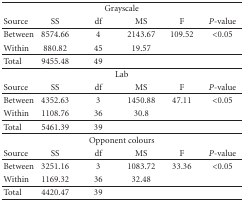
| <COLSPAN=6> Grayscale |
 | Source | SS | df | MS | F | P-value |
 | --- | --- | --- | --- | --- | --- |
 | Between | 8574.66 | 4 | 2143.67 | 109.52 | <0.05 |
 | Within | 880.82 | 45 | 19.57 |  |  |
 | Total | 9455.48 | 49 |  |  |  |
 | <COLSPAN=6> Lab |
 | Source | SS | df | MS | F | P-value |
 | Between | 4352.63 | 3 | 1450.88 | 47.11 | <0.05 |
 | Within | 1108.76 | 36 | 30.8 |  |  |
 | Total | 5461.39 | 39 |  |  |  |
 | <COLSPAN=6> Opponent colours |
 | Source | SS | df | MS | F | P-value |
 | Between | 3251.16 | 3 | 1083.72 | 33.36 | <0.05 |
 | Within | 1169.32 | 36 | 32.48 |  |  |
 | Total | 4420.47 | 39 |  |  |  |